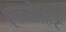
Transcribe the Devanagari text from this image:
एलरोहिर